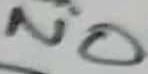
Text: NO